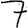
Digit: 7